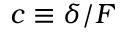
c \equiv \delta / F